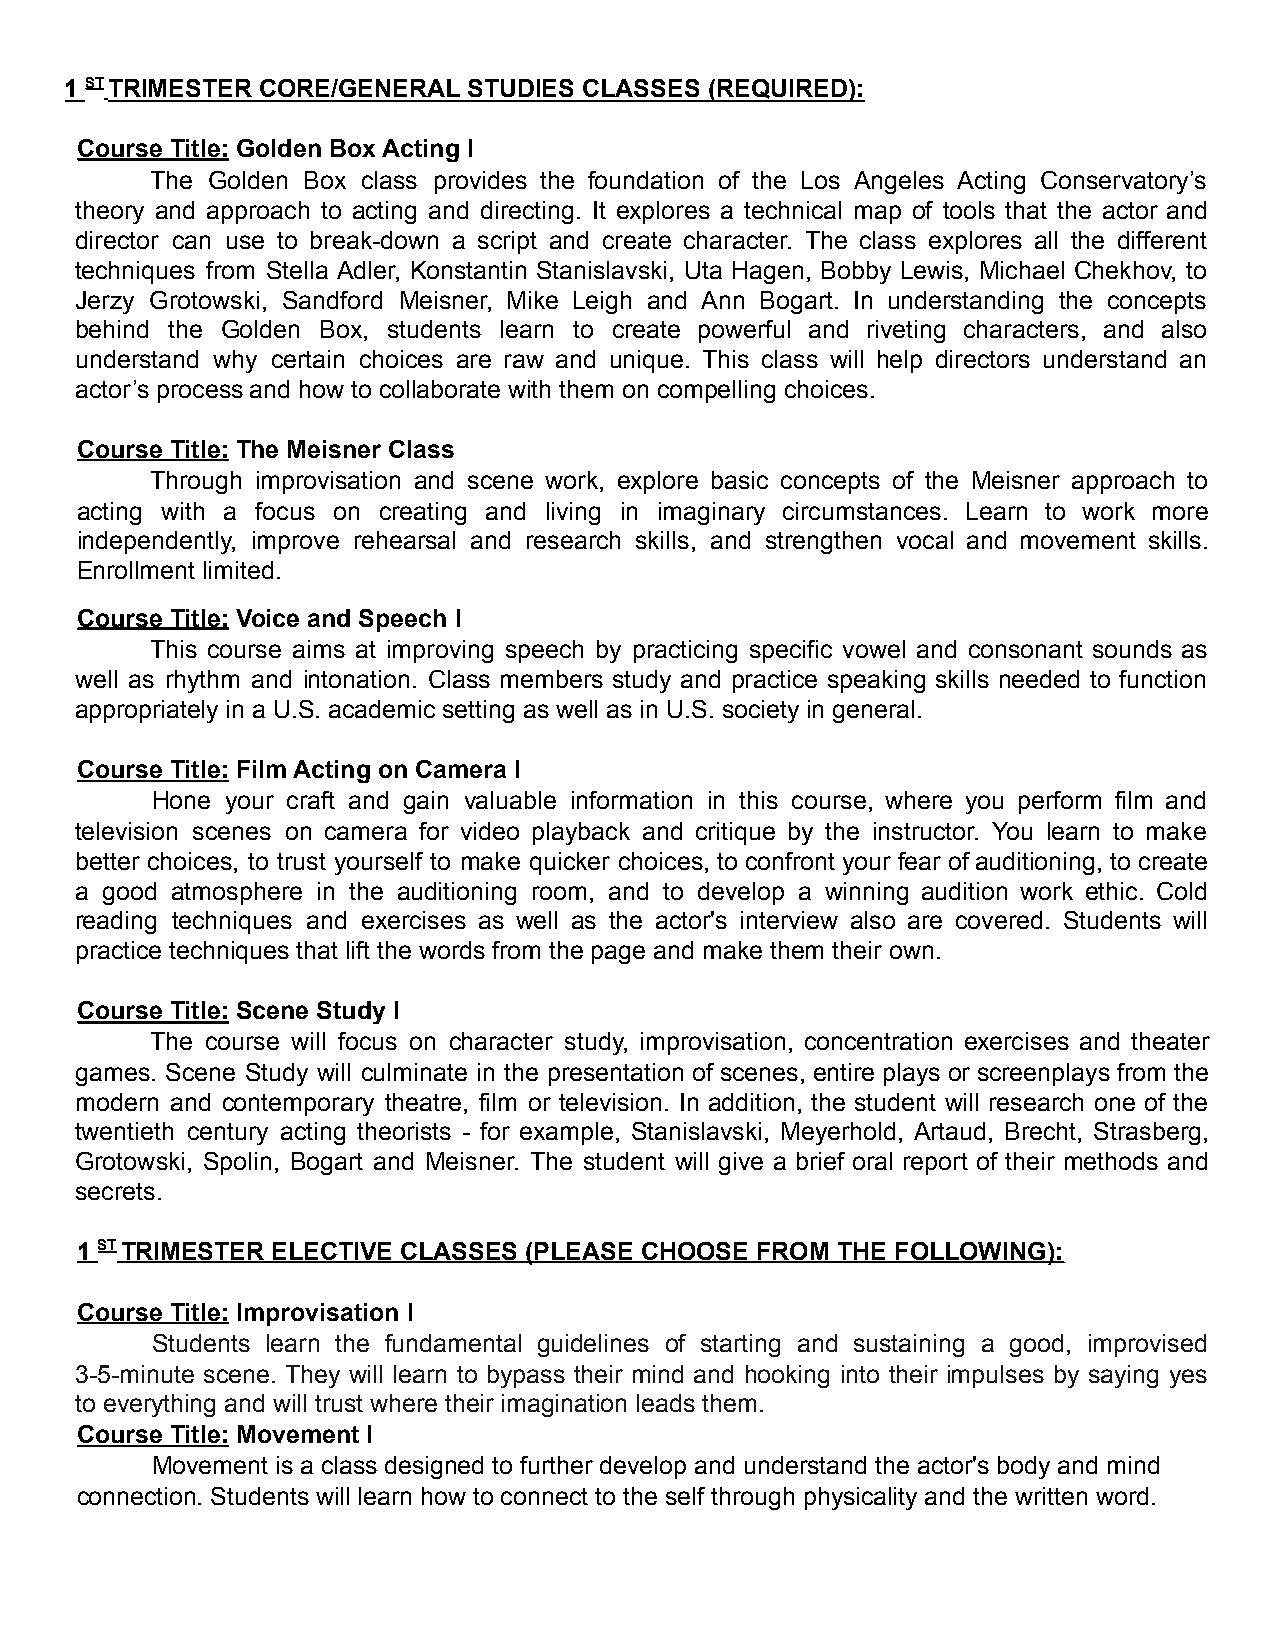
1 STTRIMESTER CORE/GENERAL STUDIES CLASSES (REQUIRED):
 Course Title: Golden Box Acting I
 The Golden Box class provides the foundation of the Los Angeles Acting Conservatory’s
 theory and approach to acting and directing. It explores a technical map of tools that the actor and
 director can use to break-down a script and create character. The class explores all the different
 techniques from Stella Adler, Konstantin Stanislavski, Uta Hagen, Bobby Lewis, Michael Chekhov, to
 Jerzy Grotowski, Sandford Meisner, Mike Leigh and Ann Bogart. In understanding the concepts
 behind the Golden Box, students learn to create powerful and riveting characters, and also
 understand why certain choices are raw and unique. This class will help directors understand an
 actor’s process and how to collaborate with them on compelling choices.
 Course Title: The Meisner Class
 Through improvisation and scene work, explore basic concepts of the Meisner approach to
 acting with a focus on creating and living in imaginary circumstances. Learn to work more
 independently, improve rehearsal and research skills, and strengthen vocal and movement skills.
 Enrollment limited.
 Course Title: Voice and Speech I
 This course aims at improving speech by practicing specific vowel and consonant sounds as
 well as rhythm and intonation. Class members study and practice speaking skills needed to function
 appropriately in a U.S. academic setting as well as in U.S. society in general.
 Course Title: Film Acting on Camera I
 Hone your craft and gain valuable information in this course, where you perform film and
 television scenes on camera for video playback and critique by the instructor. You learn to make
 better choices, to trust yourself to make quicker choices, to confront your fear of auditioning, to create
 a good atmosphere in the auditioning room, and to develop a winning audition work ethic. Cold
 reading techniques and exercises as well as the actor's interview also are covered. Students will
 practice techniques that lift the words from the page and make them their own.
 Course Title: Scene Study I
 The course will focus on character study, improvisation, concentration exercises and theater
 games. Scene Study will culminate in the presentation of scenes, entire plays or screenplays from the
 modern and contemporary theatre, film or television. In addition, the student will research one of the
 twentieth century acting theorists - for example, Stanislavski, Meyerhold, Artaud, Brecht, Strasberg,
 Grotowski, Spolin, Bogart and Meisner. The student will give a brief oral report of their methods and
 secrets.
 1 STTRIMESTER ELECTIVE CLASSES (PLEASE CHOOSE FROM THE FOLLOWING):
 Course Title: Improvisation I
 Students learn the fundamental guidelines of starting and sustaining a good, improvised
 3-5-minute scene. They will learn to bypass their mind and hooking into their impulses by saying yes
 to everything and will trust where their imagination leads them.
 Course Title: Movement I
 Movement is a class designed to further develop and understand the actor's body and mind
 connection. Students will learn how to connect to the self through physicality and the written word.